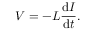
V = - L { \frac { \mathrm { d } I } { \mathrm { d } t } } . \,